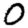
Digit: 0